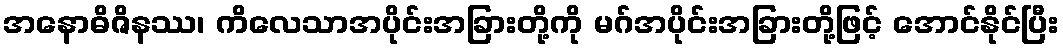
အနောဓိဇိနဿ၊ ကိလေသာအပိုင်းအခြားတို့ကို မဂ်အပိုင်းအခြားတို့ဖြင့် အောင်နိုင်ပြီး